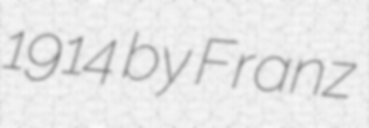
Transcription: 1914 by Franz